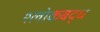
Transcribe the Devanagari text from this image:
श्लाेकबद्ध